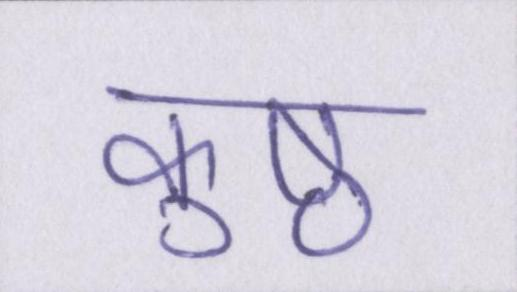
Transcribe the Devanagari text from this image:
कुष्ठ